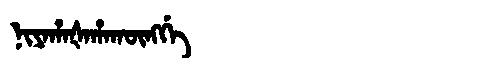
Manchu: ᠨᡳᠶᠠᡥᠠᡧᠠᡥᠠᡴᡡᠩᡤᡝ
Romanization: NIYAHAŠAHAKŪNGGE